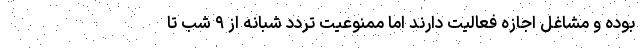
بوده و مشاغل اجازه فعالیت دارند اما ممنوعیت تردد شبانه از ۹ شب تا